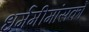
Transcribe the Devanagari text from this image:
धर्ममीमांसकों